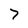
Character: 7